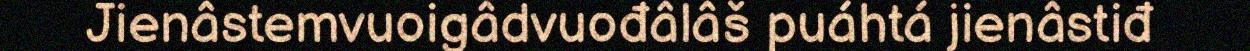
Jienâstemvuoigâdvuođâlâš puáhtá jienâstiđ